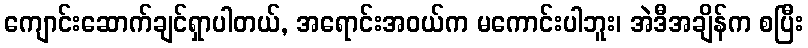
ကျောင်းဆောက်ချင်ရှာပါတယ်, အရောင်းအဝယ်က မကောင်းပါဘူး၊ အဲဒီအချိန်က စပြီး